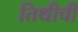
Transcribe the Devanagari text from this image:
तिथीची